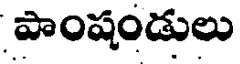
పాంషండులు